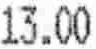
13.00